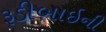
રૂડીબાઇની